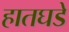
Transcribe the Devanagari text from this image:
हातघडे